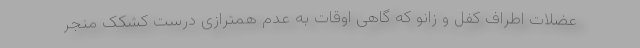
عضلات اطراف کفل و زانو که گاهی اوقات به عدم همترازی درست کشکک منجر